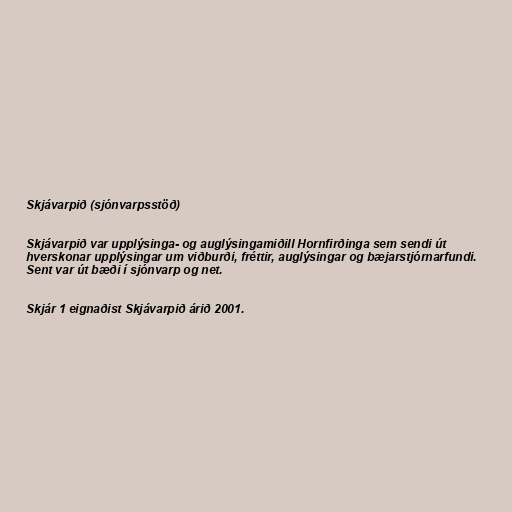
Skjávarpið (sjónvarpsstöð)

Skjávarpið var upplýsinga- og auglýsingamiðill Hornfirðinga sem sendi út
hverskonar upplýsingar um viðburði, fréttir, auglýsingar og bæjarstjórnarfundi.
Sent var út bæði í sjónvarp og net.

Skjár 1 eignaðist Skjávarpið árið 2001.